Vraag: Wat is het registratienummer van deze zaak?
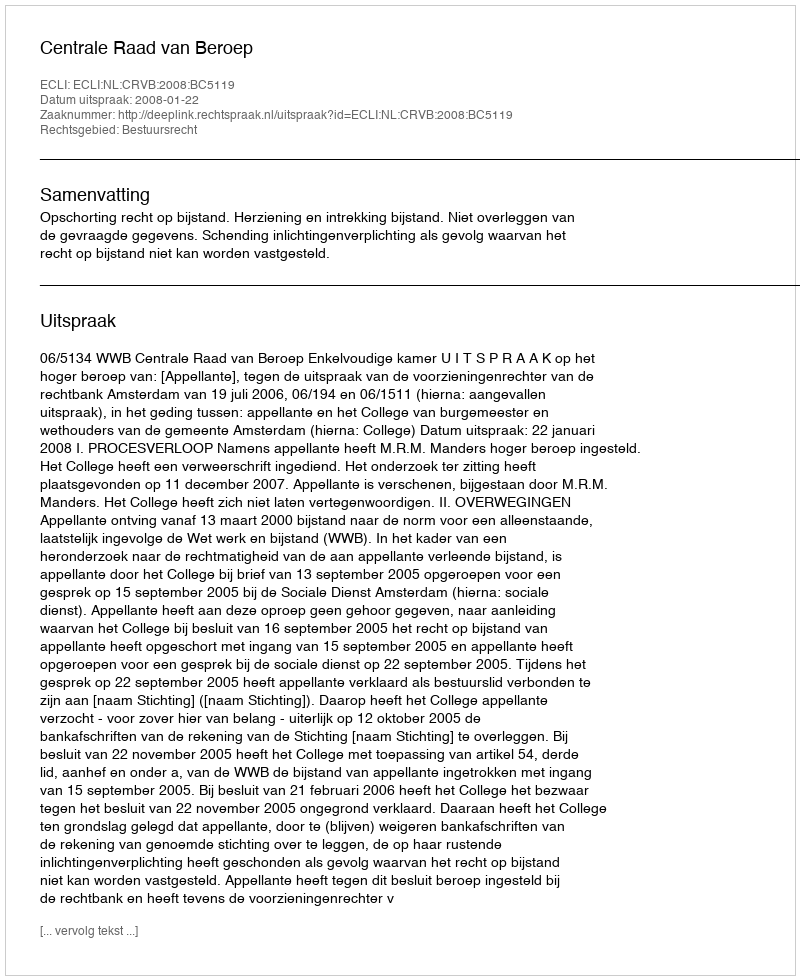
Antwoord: http://deeplink.rechtspraak.nl/uitspraak?id=ECLI:NL:CRVB:2008:BC5119